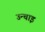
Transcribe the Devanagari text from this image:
उन्चाइ